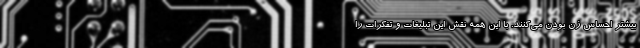
بیشتر احساس زن بودن می‌کنند. با این همه نقش این تبلیغات و تفکرات را